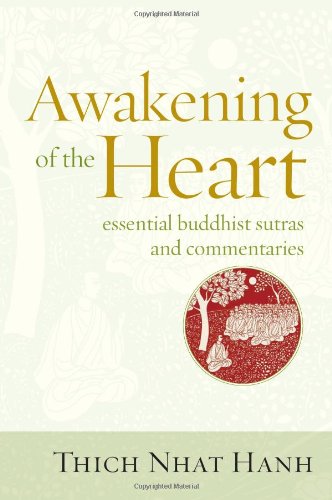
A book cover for Awakening of the Heart: Essential Buddhist Sutras and Commentaries; Thich Nhat Hanh; Religion & Spirituality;